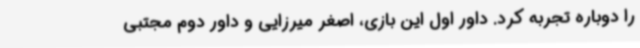
را دوباره تجربه کرد. داور اول این بازی، اصغر میرزایی و داور دوم مجتبی